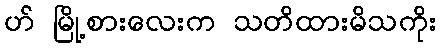
ဟ် မြို့စားလေးက သတိထားမိသကိုး